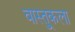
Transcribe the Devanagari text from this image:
वास्तु्कला